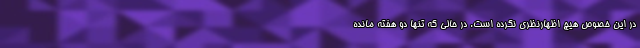
در این خصوص هیچ اظهارنظری نکرده است. در حالی که تنها دو هفته مانده